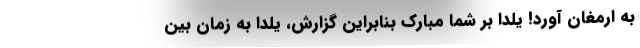
به ارمغان آورد! یلدا بر شما مبارک بنابراین گزارش، یلدا به زمان بین